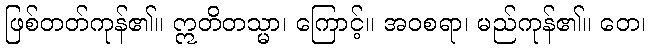
ဖြစ်တတ်ကုန်၏။ ဣတိတသ္မာ၊ ကြောင့်။ အဝစရာ၊ မည်ကုန်၏။ တေ၊